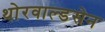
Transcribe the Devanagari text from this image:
थोरवाल्डसेन